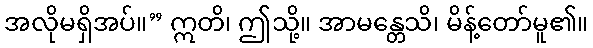
အလိုမရှိအပ်။” ဣတိ၊ ဤသို့။ အာမန္တေသိ၊ မိန့်တော်မူ၏။